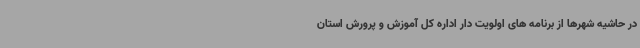
در حاشیه شهرها از برنامه های اولویت دار اداره کل آموزش و پرورش استان